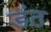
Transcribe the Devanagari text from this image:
डंठ